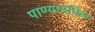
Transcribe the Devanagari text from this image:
पाण्यामधिल